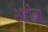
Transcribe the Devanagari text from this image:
शाहीना